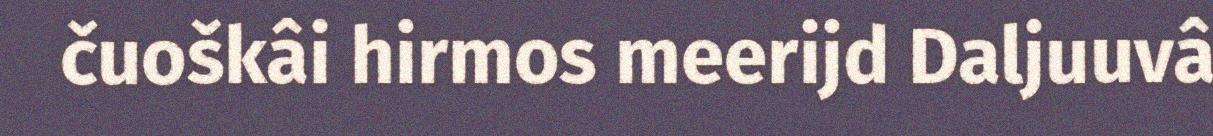
čuoškâi hirmos meerijd Daljuuvâ